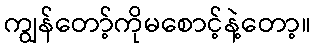
ကျွန်တော့်ကိုမစောင့်နဲ့တော့။